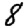
Digit: 8